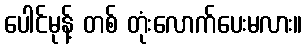
ပေါင်မုန့် တစ် တုံးလောက်ပေးမလား။